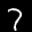
Label: 7